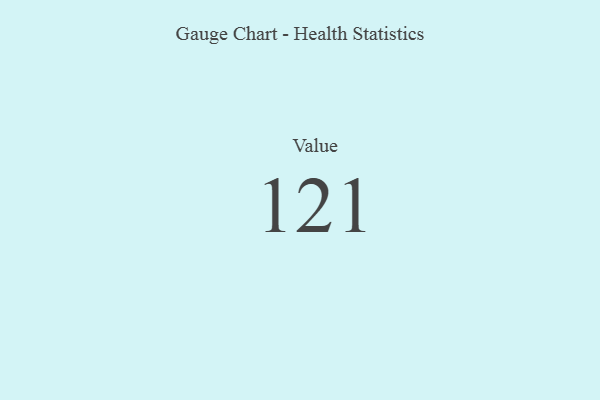
{"axis": {"x": "Metric", "y": "Value"}, "legend": [""], "data": [{"x": "Value", "y": 121, "type": ""}]}